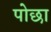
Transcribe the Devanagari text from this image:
पोछा